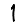
Digit: 1